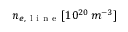
n _ { e , \mathrm { ~ l ~ i ~ n ~ e ~ } } [ 1 0 ^ { 2 0 } \, m ^ { - 3 } ]